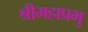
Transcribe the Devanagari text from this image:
श्रीमहाप्रभु